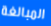
المبالغة